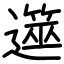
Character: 遾